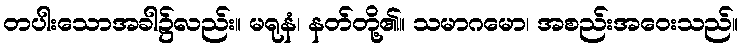
တပါးသောအခါ၌လည်း။ မရုနံ၊ နတ်တို့၏။ သမာဂမော၊ အစည်းအဝေးသည်။